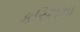
કરિશમા